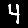
Digit: 4